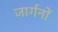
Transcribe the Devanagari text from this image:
जार्गनों